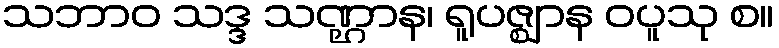
သဘာဝ သဒ္ဒ သဏ္ဌာန၊ ရူပဇ္ဈာန ဝပူသု စ။